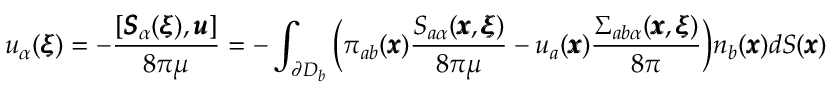
u _ { \alpha } ( { \pmb \xi } ) = - \frac { [ { \pmb S } _ { \alpha } ( { \pmb \xi } ) , { \pmb u } ] } { 8 \pi \mu } = - \int _ { \partial D _ { b } } { \bigg ( } \pi _ { a b } ( { \pmb x } ) \frac { S _ { a \alpha } ( { \pmb x } , { \pmb \xi } ) } { 8 \pi \mu } - u _ { a } ( { \pmb x } ) \frac { \Sigma _ { a b \alpha } ( { \pmb x } , { \pmb \xi } ) } { 8 \pi } { \bigg ) } n _ { b } ( { \pmb x } ) d S ( { \pmb x } )